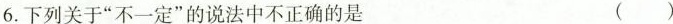
6.下列关于”不一定”的说法中不正确的是 ( )